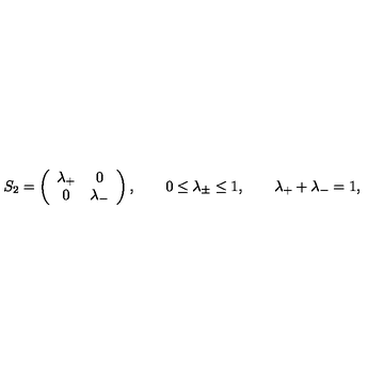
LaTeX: S _ { 2 } = \left( \begin{array} { c c } { \lambda _ { + } } & { 0 } \\ { 0 } & { \lambda _ { - } } \\ \end{array} \right) , \qquad 0 \le \lambda _ { \pm } \le 1 , \qquad \lambda _ { + } + \lambda _ { - } = 1 ,